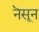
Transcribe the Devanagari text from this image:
नॆसून